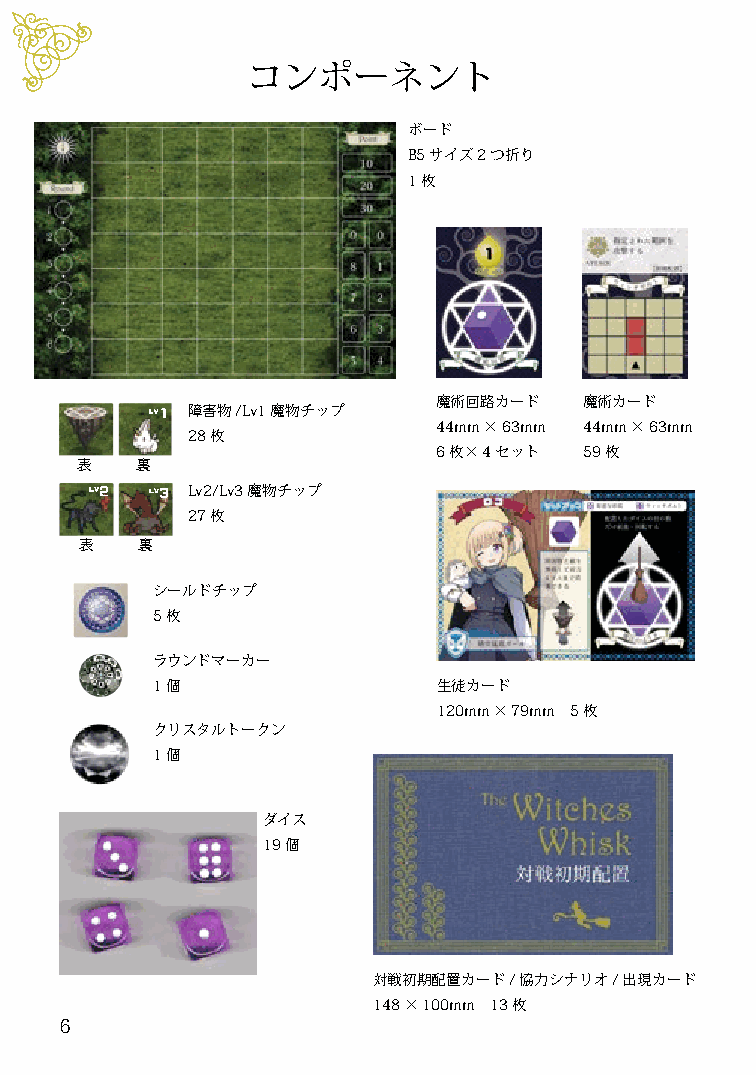
コンポーネント
 ボード
 B5サイズ2つ折り
 1枚
 魔術回路カード   魔術カード
 障害物/Lv1魔物チップ
 44mm×63mm 44mm×63mm
 28枚
 6枚×4セット   59枚
 表   裏
 Lv2/Lv3魔物チップ
 27枚
 表   裏
 シールドチップ
 5枚
 ラウンドマーカー
 1個                 生徒カード
 120mm×79mm 5枚
 クリスタルトークン
 1個
 ダイス
 19個
 対戦初期配置カード/協力シナリオ/出現カード
 148×100mm 13枚
 6